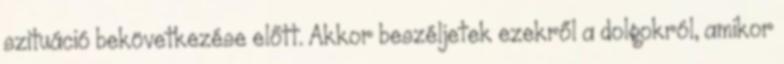
szituáció bekövetkezése előtt. Akkor beszéljetek ezekről a dolgokról, amikor